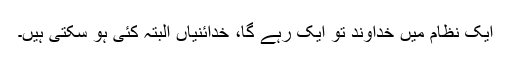
ایک نظام میں خداوند تو ایک رہے گا، خدائنیاں البتہ کئی ہو سکتی ہیں۔